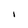
Character: I